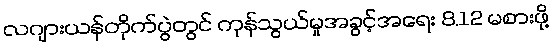
လဂျားယန်တိုက်ပွဲတွင် ကုန်သွယ်မှုအခွင့်အရေး 8,12 မစားဖို့